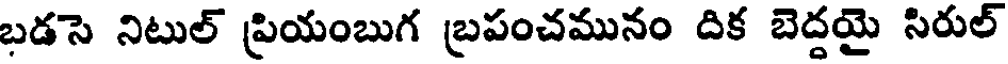
బడసె నిటుల్ ప్రియంబుగ బ్రపంచమునం దిక బెద్దయై సిరుల్